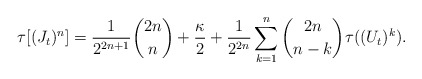
\begin{align*}\tau[(J_t)^n] = \frac{1}{2^{2n+1}}\binom{2n}{n} + \frac{\kappa}{2} + \frac{1}{2^{2n}}\sum_{k=1}^n \binom{2n}{n-k}\tau((U_t)^k).\end{align*}